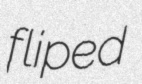
fliped